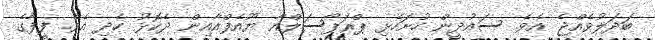
ބަދަލުވެއްޖެ އެވެ. ސައުދީން ހުށަހެޅި ޕްރަޕޯސަލްއާ ޔޫއެފްއާއިން ދެކޮޅު ހެދި އެވެ. ފީފާގެ